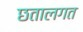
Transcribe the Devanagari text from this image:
छतालगत